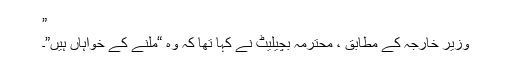
”
وزیر خارجہ کے مطابق ، محترمہ بچیلیٹ نے کہا تھا کہ وہ “ملنے کے خواہاں ہیں”۔